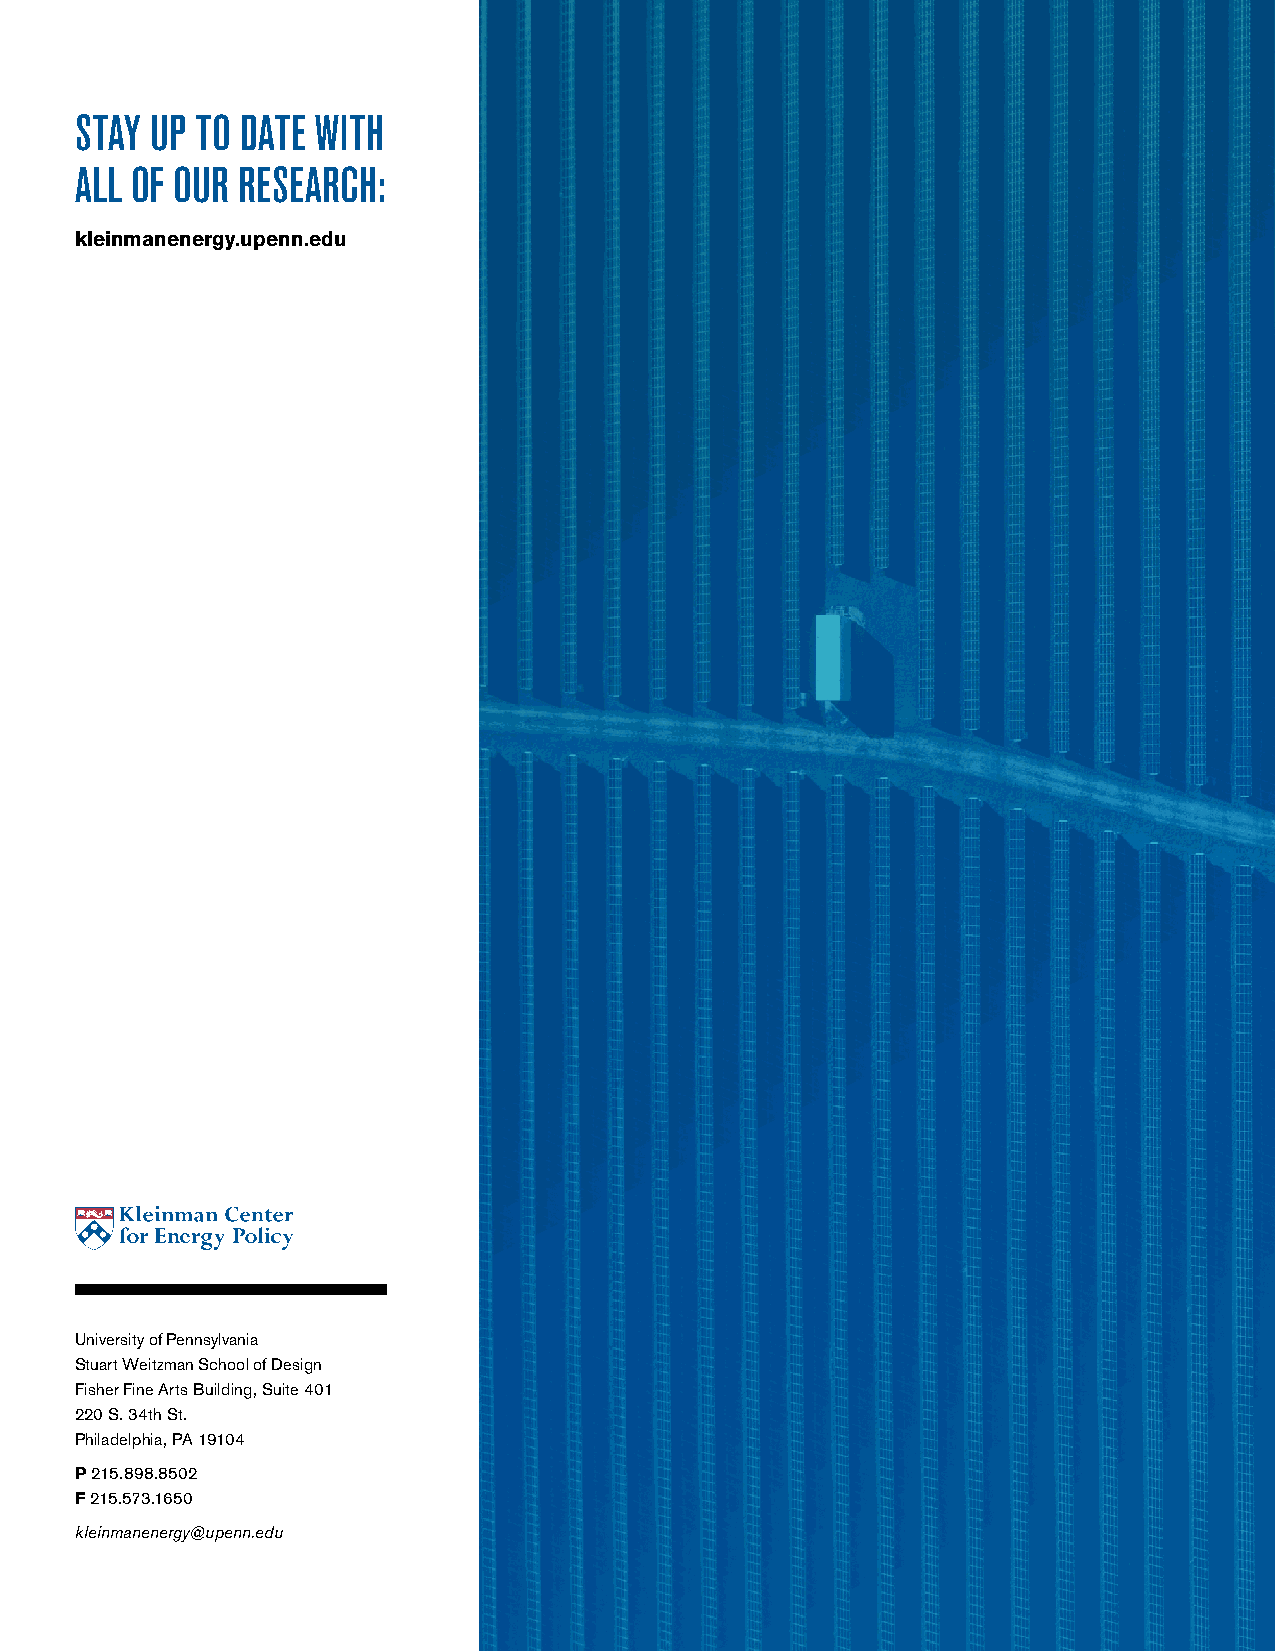
STAY UP TO DATE WITH
 ALL OF OUR RESEARCH:
 kleinmanenergy.upenn.edu
 UUnniivveerrssiittyy ooff PPeennnnssyyllvvaanniiaa
 SSttuuaarrtt WWeeiittzzmmaann SScchhooooll ooff DDeessiiggnn
 FFiisshheerr FFiinnee AArrttss BBuuiillddiinngg,, SSuuiittee 440011
 222200 SS.. 3344tthh SStt..
 PPhhiillaaddeellpphhiiaa,, PPAA 1199110044
 PP 221155..889988..88550022
 FF 221155..557733..11665500
 kklleeiinnmmaanneenneerrggyy@@uuppeennnn..eedduu